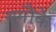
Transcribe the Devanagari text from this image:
युगौंके